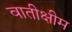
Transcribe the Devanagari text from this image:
वातीक्षीम